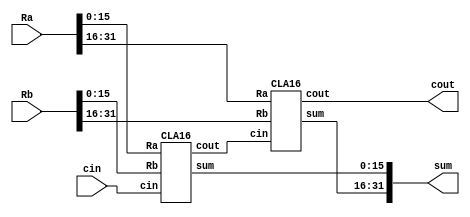
`timescale 1ns / 1ps

module add_32_bit(input [31:0] Ra, input [31:0] Rb, input wire cin, output wire[31:0] sum, output wire cout);
wire cout1;

CLA16 CLA1(.Ra(Ra[15:0]), .Rb(Rb[15:0]), .cin(cin), .sum(sum[15:0]), .cout(cout1));
CLA16 CLA2(.Ra(Ra[31:16]), .Rb(Rb[31:16]), .cin(cout1), .sum(sum[31:16]), .cout(cout));

endmodule

// 16-bit carry look-ahead adder
module CLA16(input wire [15:0] Ra, input wire [15:0] Rb, input wire cin, output wire [15:0] sum, output wire cout);
wire cout1,cout2,cout3;

CLA4 CLA1(.Ra(Ra[3:0]), .Rb(Rb[3:0]), .cin(cin), .sum(sum[3:0]), .cout(cout1));
CLA4 CLA2(.Ra(Ra[7:4]), .Rb(Rb[7:4]), .cin(cout1), .sum(sum[7:4]), .cout(cout2));				
CLA4 CLA3(.Ra(Ra[11:8]), .Rb(Rb[11:8]), .cin(cout2), .sum(sum[11:8]), .cout(cout3));
CLA4 CLA4(.Ra(Ra[15:12]), .Rb(Rb[15:12]), .cin(cout3), .sum(sum[15:12]), .cout(cout));

endmodule

// 4-bit carry look-ahead adder
module CLA4(input wire [3:0] Ra, input wire [3:0] Rb, input wire cin, output wire[3:0] sum, output wire cout);
// Creating wires for Propoate and Generate
	wire [3:0] P,G,c;

	assign P=Ra^Rb;	
	assign G=Ra&Rb;
	assign c[0]= cin;
	assign c[1]= G[0] | (P[0]&c[0]);
	assign c[2]= G[1] | (P[1]&G[0]) | P[1]&P[0]&c[0];
	assign c[3]= G[2] | (P[2]&G[1]) | P[2]&P[1]&G[0] | P[2]&P[1]&P[0]&c[0];
	assign cout = G[3] | (P[3]&G[2]) | P[3]&P[2]&G[1] | P[3]&P[2]&P[1]&G[0] | P[3]&P[2]&P[1]&P[0]&c[0];
	assign sum[3:0] =P^c;
	
endmodule